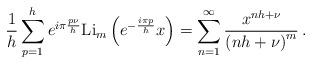
LaTeX: \begin{align*}\frac{1}{h}\sum _{p=1}^{h}e^{i\pi \frac{p\nu }{h}}\mbox {Li}_{m}\left( e^{-\frac{i\pi p}{h}}x\right) =\sum _{n=1}^{\infty }\frac{x^{nh+\nu }}{\left( nh+\nu \right) ^{m}}\, .\end{align*}